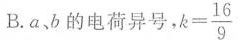
B.ab的电荷异号，k $$k= \frac{16}{9}$$